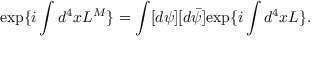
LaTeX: \mathrm { e x p } \{ i \int d ^ { 4 } x { \cal L ^ { M } } \} = \int [ d \psi ] [ d \bar { \psi } ] \mathrm { e x p } \{ i \int d ^ { 4 } x { \cal L } \} .